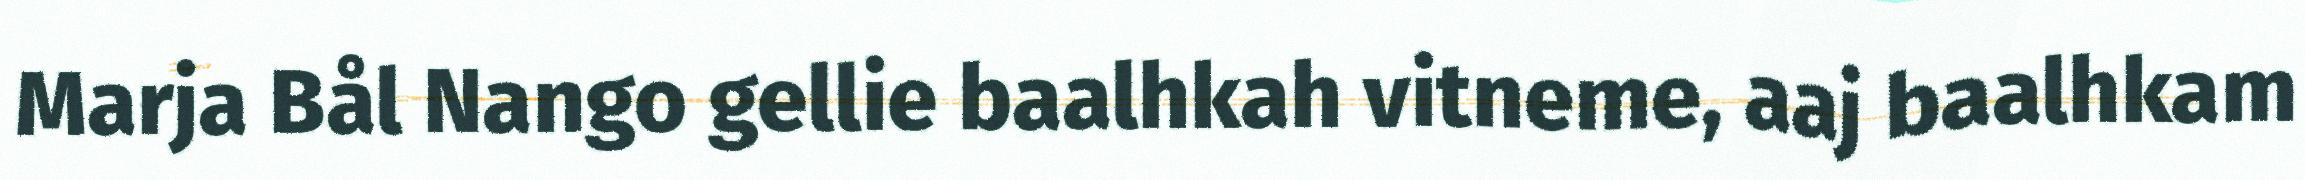
Marja Bål Nango gellie baalhkah vitneme, aaj baalhkam